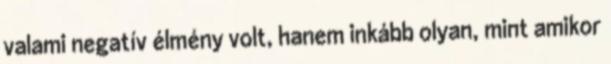
valami negatív élmény volt, hanem inkább olyan, mint amikor